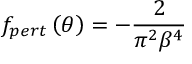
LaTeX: f _ { p e r t } \left( \theta \right) = - \frac { 2 } { \pi ^ { 2 } \beta ^ { 4 } }